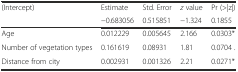
| <ROWSPAN=2> (Intercept) | Estimate | Std. Error | z value | Pr (>|z|) |
 | −0.683056 | 0.515851 | −1.324 | 0.1855 |
 | --- | --- | --- | --- | --- |
 | Age | 0.012229 | 0.005645 | 2.166 | 0.0303* |
 | Number of vegetation types | 0.161619 | 0.08931 | 1.81 | 0.0704 . |
 | Distance from city | 0.002931 | 0.001326 | 2.21 | 0.0271* |